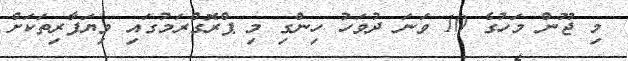
މި ޖޫން މަހުގެ 10 ވަނަ ދުވަހު ހިންގި މި ޕްރޮގްރަމުގައި ވިޔަފާރިތަކަށް